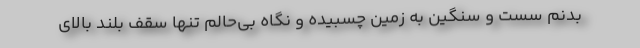
بدنم سُست و سنگین به زمین چسبیده و نگاه بی‌حالم تنها سقف بلند بالای